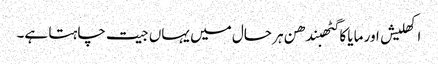
اکھلیش اور مایا کا گٹھبندھن ہر حال میں یہاں جیت چاہتا ہے۔